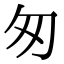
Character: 匆